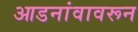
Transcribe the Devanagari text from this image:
आडनांवावरून